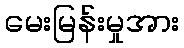
မေးမြန်းမှုအား